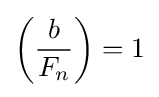
\left({\frac {b}{F_{n}}}\right)=1